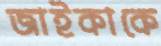
জাইকাকে